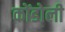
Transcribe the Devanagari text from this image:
कोंडोली